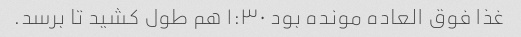
غذا فوق العاده مونده بود ١:٣٠ هم طول کشید تا برسد.